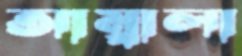
আম্বালা